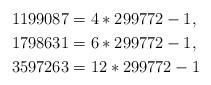
LaTeX: \begin{align*}1199087 & =4\ast299772-1,\\1798631 & =6\ast299772-1,\\3597263 & =12\ast299772-1\end{align*}